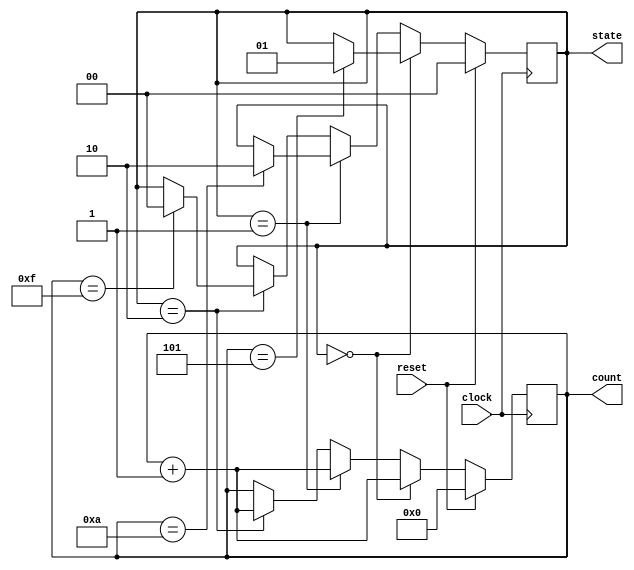
//////////////////////////// RED,GREEN,BLUE(RGB) Blinking LED ///////////////////////////////
module rgb(clock,reset,state,count);
	parameter RED=2'b00,
		  GREEN=2'b01,
		  BLUE=2'b10;
	input clock,reset;
	output reg[1:0] state;
	output reg[3:0] count;
  
always@(posedge clock)
	begin
		if(reset)
			begin
				state <= RED;
				count <= 4'b0;
			end
		else if(state == RED)
			begin
				count <= count+1;
				if(count == 4'd5)
					state <= GREEN;
			end
		else if(state == GREEN)
			begin
				count <= count+1;
				if(count == 4'd10)
					state <= BLUE;		
			end
		else if(state == BLUE)
			begin
				count <=count+1;
				if(count == 4'd15)
					state <= RED;
			end		
	end
endmodule